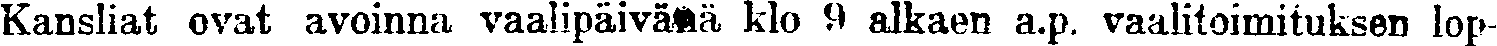
Kansliat ovat avoinna vaalipäivänä klo 9 alkaen a.p. vaalitoimituksen lop-